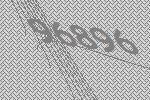
96896